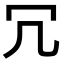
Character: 冗